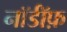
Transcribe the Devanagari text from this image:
नॉर्डॉफ़